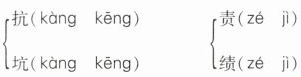
\left\{\begin{matrix}抗（kàng kēng）\\坑（kàng kēng）\end{matrix}\right. \left\{\begin{matrix}责（zé jì）\\绩（zé jì）\end{matrix}\right.